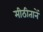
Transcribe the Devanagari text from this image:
मीठीतानें